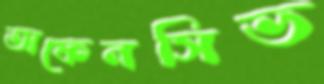
অফেনসিভ